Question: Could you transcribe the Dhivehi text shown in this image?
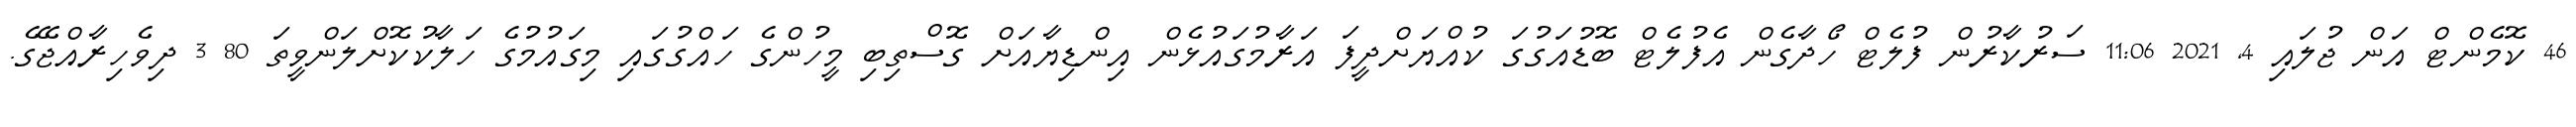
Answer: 46 ކޮމެންޓް އަން ޖުލައި 4, 2021 11:06 ސަރުކާރުން ފުލެޓް ހޯދާގެން އެފުލެޓް ބޮޑުއަގުގަ ކުއްޔަށްދީފަ އަރާމުގައުޅެން އިންޑިޔާއަށް ގޮސްތިބި މީހުންގެ ހައްގުގައި މިގައުމުގެ ހަލާކުކޮށްލަންވީތަ 80 3 ދިވެހިރާއްޖޭގެ.